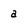
Character: a